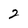
Character: 2